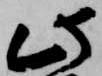
此